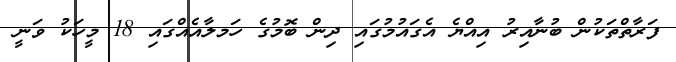
ފަރާތްތަކުން ބުނާއިރު އިއްޔެ އެގައުމުގައި ދިން ބޮމުގެ ހަމލާއެއްގައި 18 މީހަކު ވަނީ